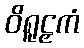
ဝိရူဠှကံ